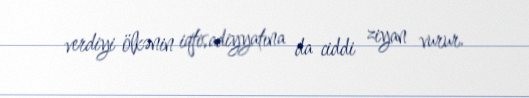
verdiyi ölkənin iqtisadiyyatına da ciddi ziyan vurur.